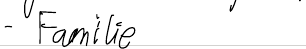
- Familie